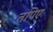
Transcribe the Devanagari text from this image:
तपिए